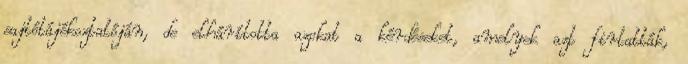
sajtótájékoztatóján, de elhárította azokat a kérdéseket, amelyek azt firtatták,